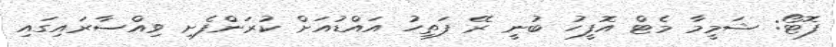
ފޮޓޯ: ޝަމީމާ މެޓް އޮފީހު ބުނީ ރޭ ފަތިހު އައްޑުއަށް ކުރަންފެށި ވިއްސާރައިގައި